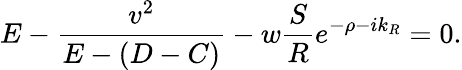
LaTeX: E-\frac{v^{2}}{E-(D-C)}-w\frac{S}{R}e^{-\rho-ik_{R}}=0.